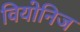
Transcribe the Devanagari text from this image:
वियोनिज